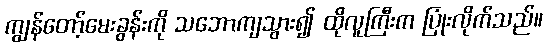
ကျွန်တော့်မေးခွန်းကို သဘောကျသွား၍ ထိုလူကြီးက ပြုံးလိုက်သည်။